Leaving Certificate Examination, 1912
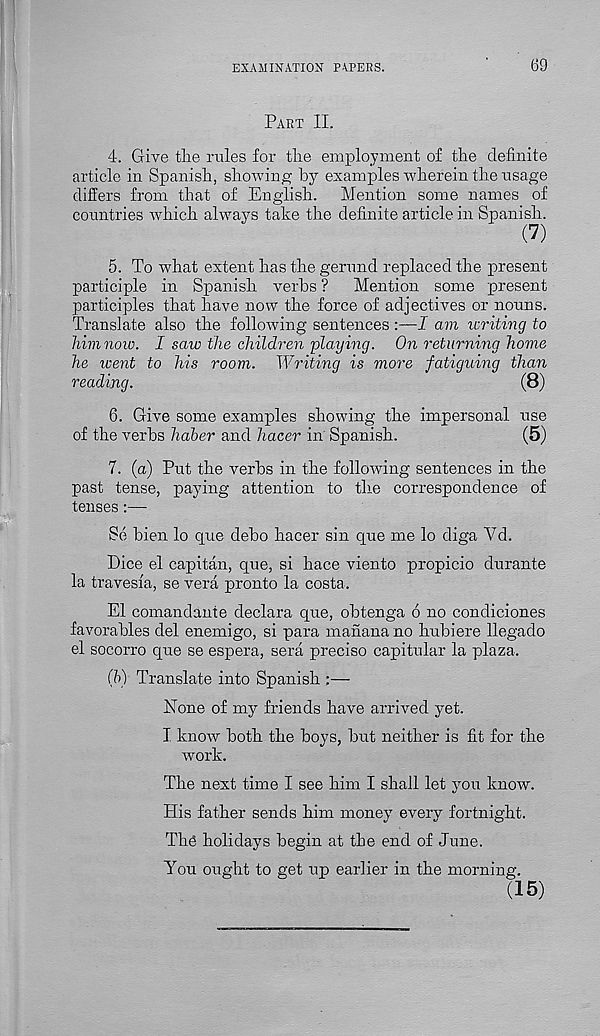
EXAMINATION PAPERS.
69
Part II.
4. Give the rules for the employment of the definite
article in Spanish, showing by examples wherein the usage
differs from that of English.
Mention some names of
countries which always take the definite article in Spanish.
5. To what extent has the gerund replaced the present
participle in Spanish verbs ?
Mention some present
participles that have now the force of adjectives or nouns.
Translate also the following sentences :—I am icriting to
him now. I saw the children playing. On returning home
he went to his room. Writing is more fatiguing than
reading.
(8)
6. Give some examples showing the impersonal use
of the verbs haber and hacer in Spanish.
(5)
7. (a) Put the verbs in the following sentences in the
past tense, paying attention to the correspondence of
tenses:—-
Se bien lo cjue debo hacer sin que me lo diga Vd.
Dice el capitan, que, si hace viento propicio durante
la travesfa, se vera pronto la costa.
El comandante declara que, obtenga 6 no condiciones
favorables del enemigo, si para manana no hubiere llegado
el socorro que se espera, sera precise capitular la plaza.
(b) Translate into Spanish :—
None of my friends have arrived yet.
I know both the boys, but neither is fit for the
work.
The next time I see him I shall let you know.
His father sends him money every fortnight.
Thg holidays begin at the end of June.
You ought to get up earlier in the morning.
(15)